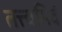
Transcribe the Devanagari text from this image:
तत्त्वमिदं